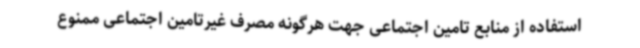
استفاده از منابع تامین اجتماعی جهت هرگونه مصرف غیرتامین اجتماعی ممنوع